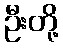
ဦးတို့